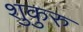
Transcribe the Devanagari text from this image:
शुकुरु